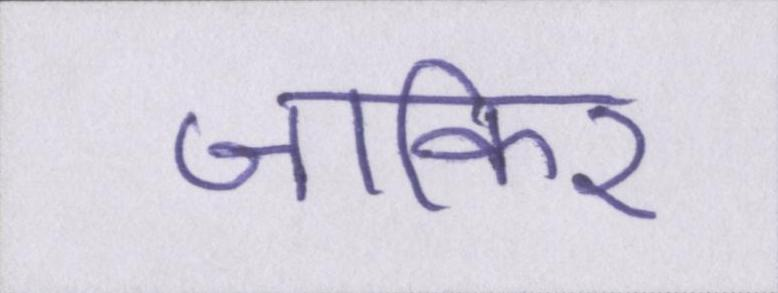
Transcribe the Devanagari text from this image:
जाकिर